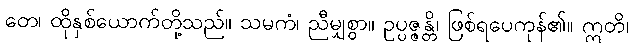
တေ၊ ထိုနှစ်ယောက်တို့သည်။ သမကံ၊ ညီမျှစွာ။ ဥပ္ပဇ္ဇန္တိ၊ ဖြစ်ရပေကုန်၏။ ဣတိ၊